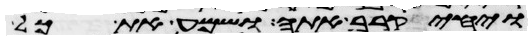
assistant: ויחי קרב אתה ושמע את כל